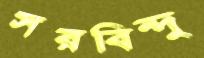
সরবিন্দু